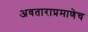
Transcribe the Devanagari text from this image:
अवताराप्रमाणेच